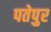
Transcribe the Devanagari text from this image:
पतेपुर